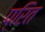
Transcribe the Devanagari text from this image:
प्रित